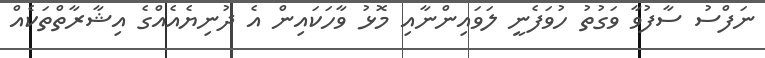
ނަފްސު ސާފުވާ ވަގުތު ހުވަފެނީ ލަވައިންނާއި މޮޅު ވާހަކައިން އެ ދުނިޔެއެއްގެ އިޝާރާތްތަކެއް